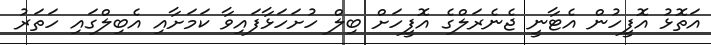
އަތޮޅު އޮފީހުން އެޓާނީ ޖެނެރަލްގެ އޮފީހަށް ބިލް ހުށަހަޅާފައިވާ ކަމަށާއި އެބިލްގައި ހަތަރު